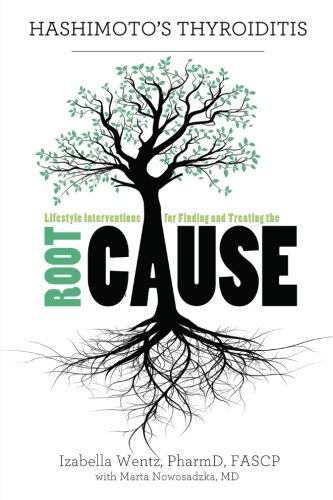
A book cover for Hashimoto's Thyroiditis: Lifestyle Interventions for Finding and Treating the Root Cause; Izabella Wentz PharmD; Health, Fitness & Dieting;